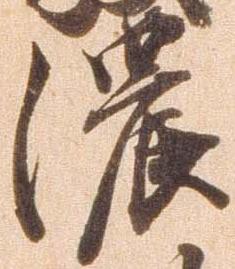
濃